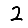
Digit: 2